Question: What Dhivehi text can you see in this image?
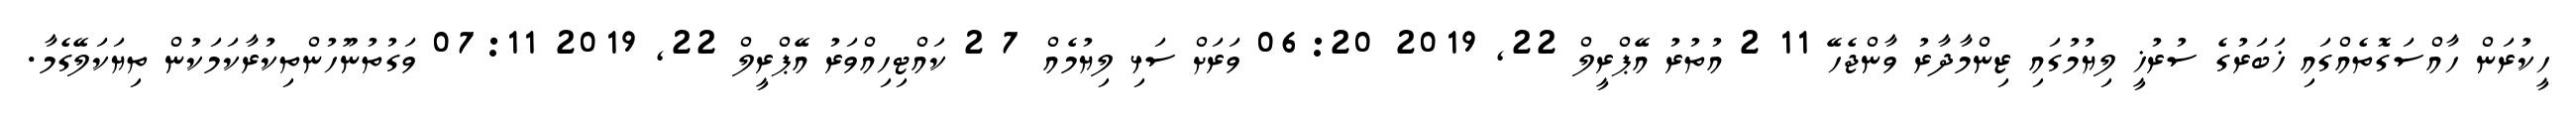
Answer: ހީކުރަން ހާއްސަގޮތެއްގައި ޚަބަރުގެ ސުރުޚީ ލިޔުމުގައި ޒިންމާދާރު ވާންޖެހޭ 11 2 އުތުރު އޭޕްރީލް 22, 2019 06:20 ވަރަށް ސަޅި ލިޔުމެއް 7 2 ކައްޓިހިއްވަރު އޭޕްރީލް 22, 2019 07:11 ވަގުތުނޫހުންތިކުރާކަމަކުން ތިޔަކަލޭގެމާ.